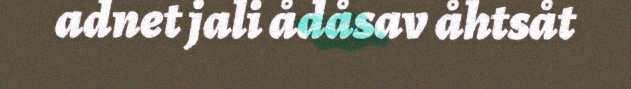
adnet jali ådåsav åhtsåt